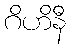
ဂိဟိနီ